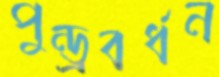
পুন্ড্রবর্ধন